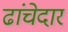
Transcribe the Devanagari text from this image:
ढांचेदार